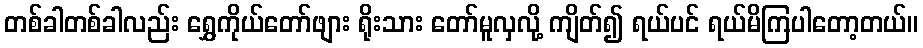
တစ်ခါတစ်ခါလည်း ရွှေကိုယ်တော်ဖျား ရိုးသား တော်မူလှလို့ ကျိတ်၍ ရယ်ပင် ရယ်မိကြပါတော့တယ်။